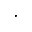
\cdot